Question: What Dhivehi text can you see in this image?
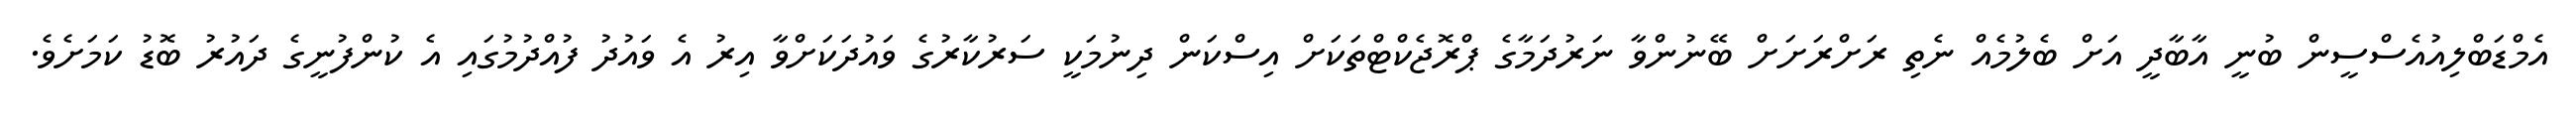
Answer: އެމްޑަބްލިއުއެސްސީން ބުނީ އާބާދީ އަށް ބެލުމެއް ނެތި ރަށްރަށަށް ބޭނުންވާ ނަރުދަމާގެ ޕްރޮޖެކްޓްތަކަށް އިސްކަން ދިނުމަކީ ސަރުކާރުގެ ވައުދަކަށްވާ އިރު އެ ވައުދު ފުއްދުމުގައި އެ ކުންފުނީގެ ދައުރު ބޮޑު ކަމަށެވެ.